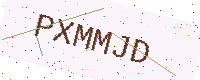
Text: PXMMJD